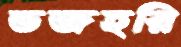
ভজহরি